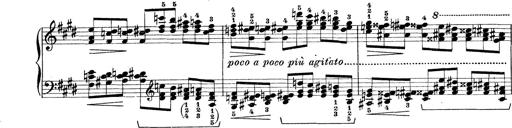
Title: Rapsodie: 19 ungheresi, 1 spagnuola
Composer: Franz Liszt